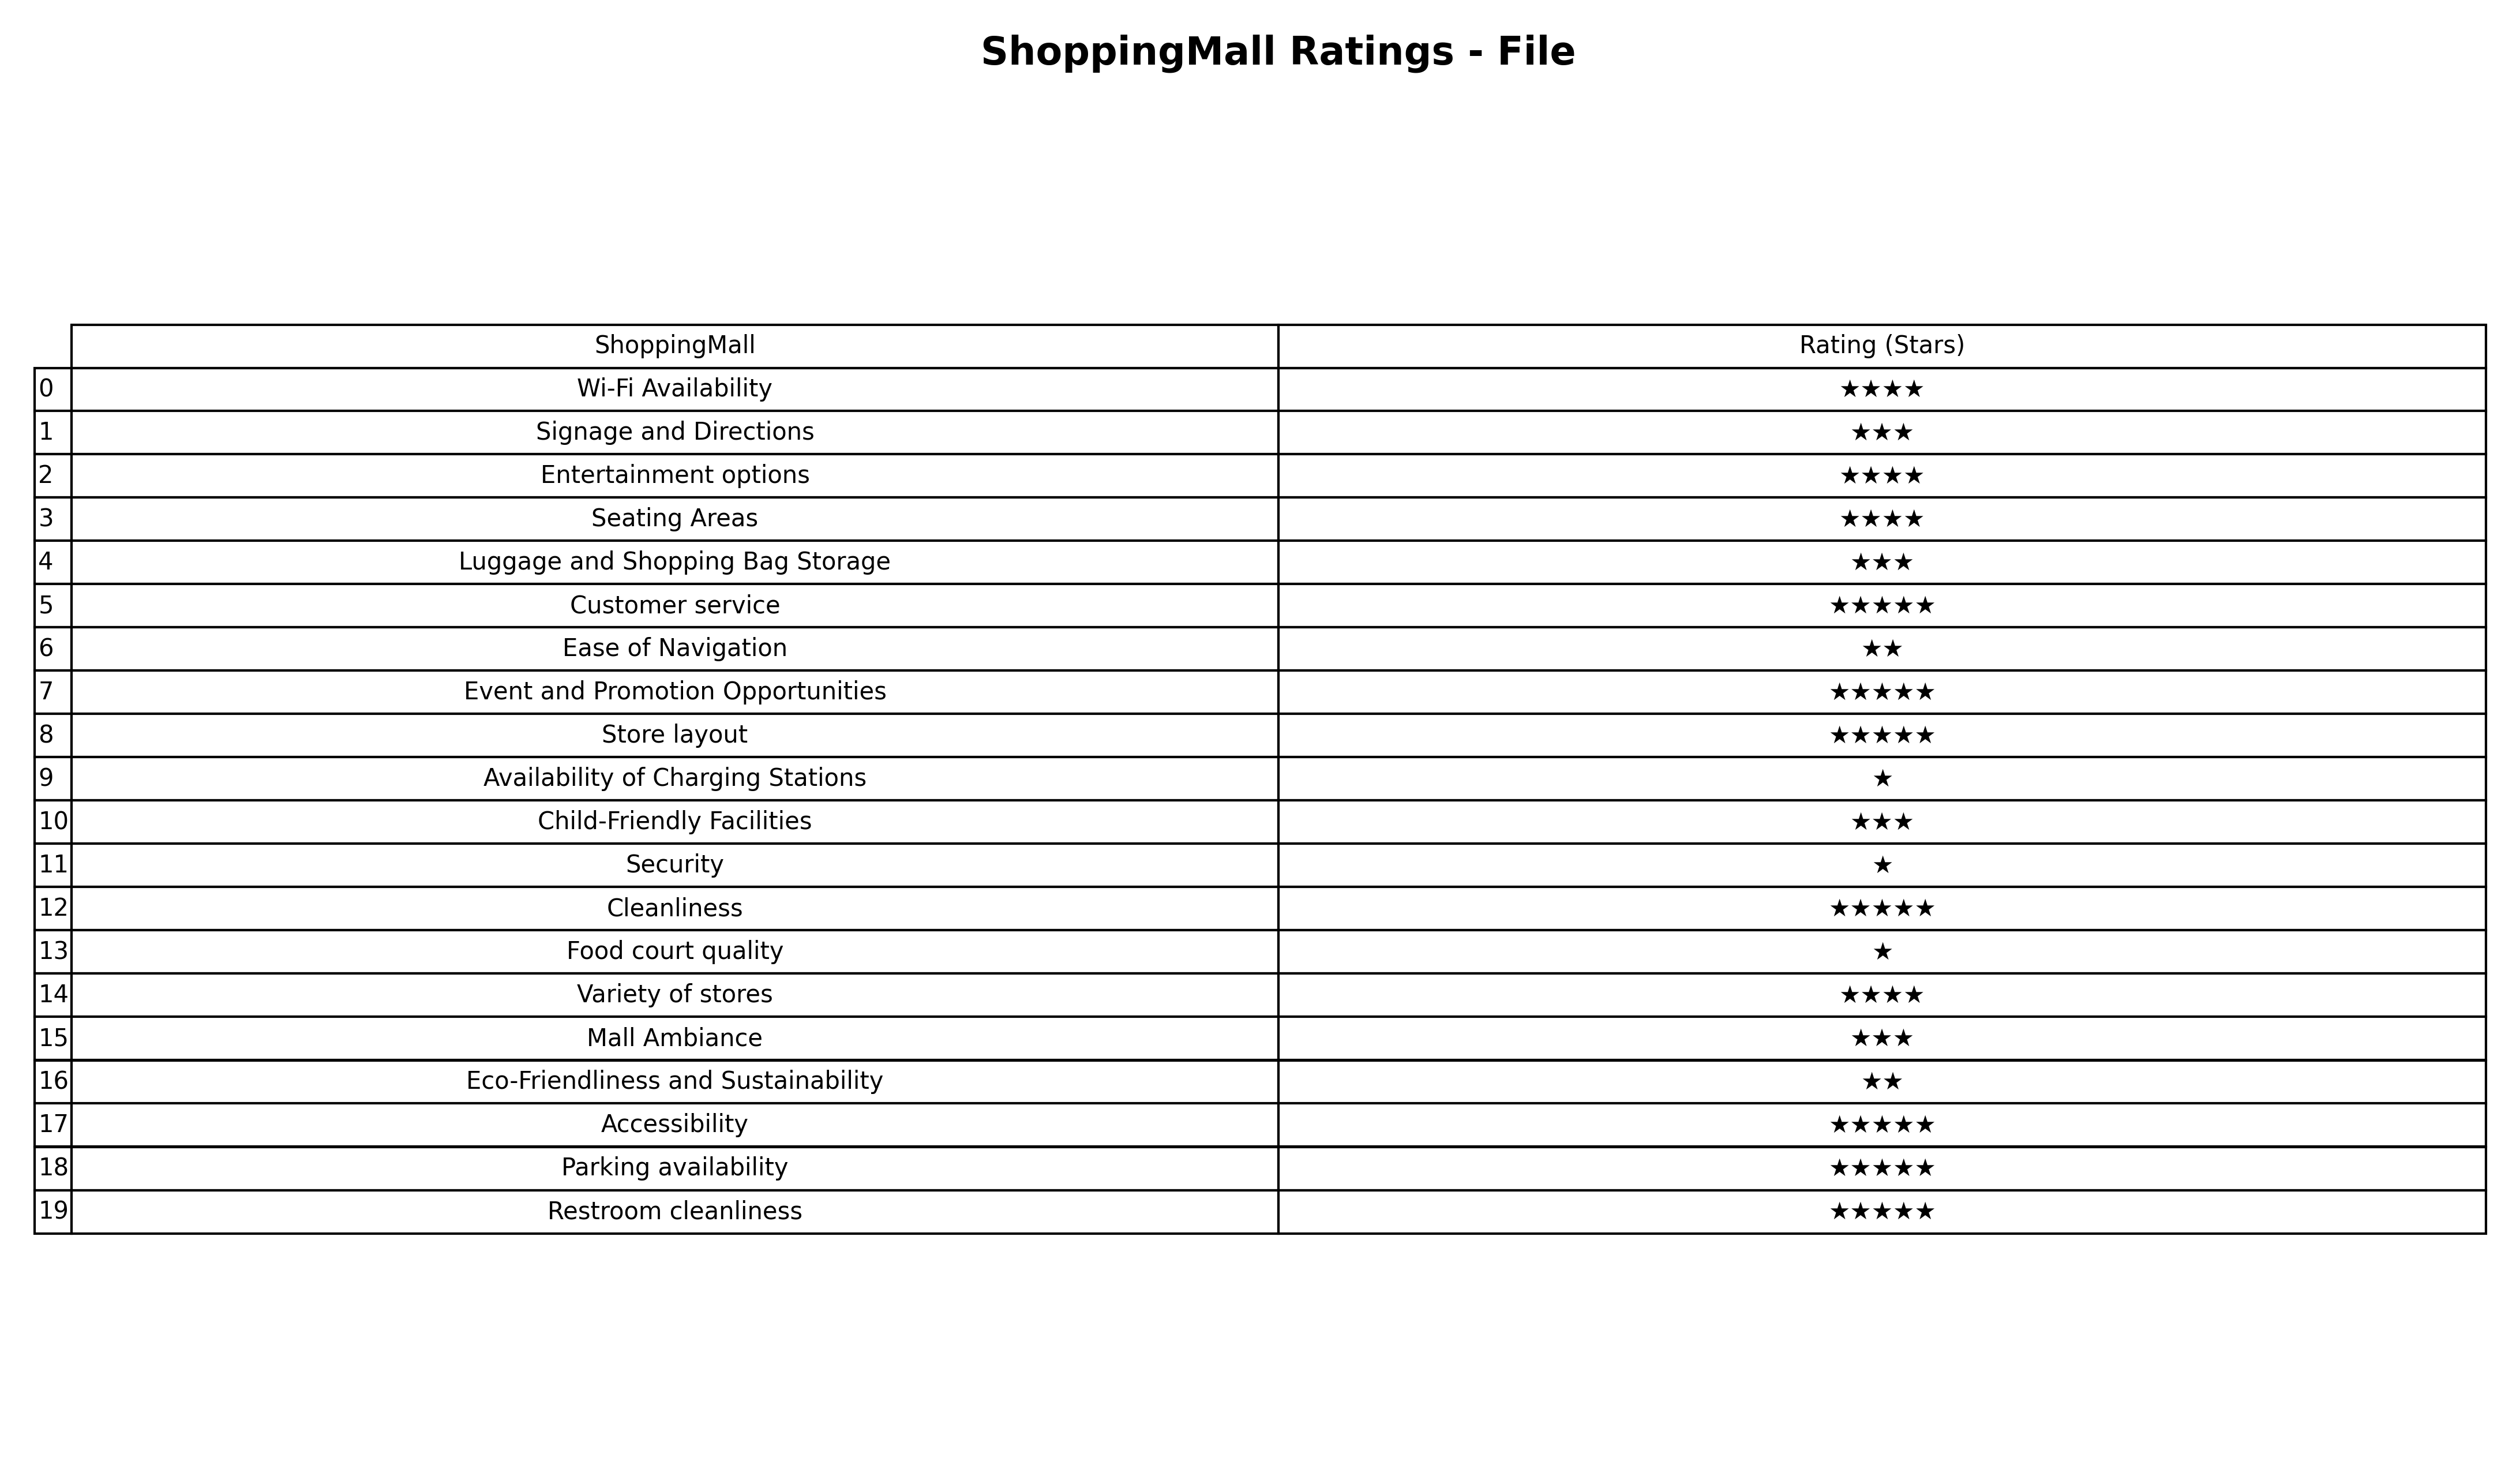
question: What are two star services?
answer: Ease of NavigationEco-Friendliness and Sustainability